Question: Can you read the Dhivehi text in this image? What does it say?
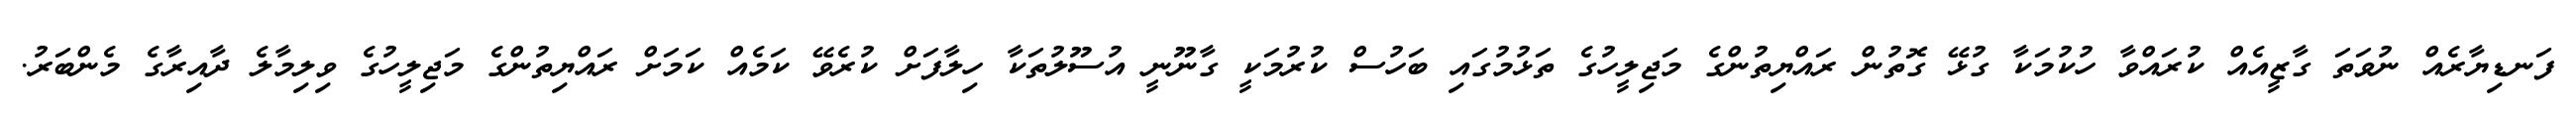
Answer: ފަނޑިޔާރެއް ނުވަތަ ގާޒީއެއް ކުރައްވާ ހުކުމަކާ ގުޅޭ ގޮތުން ރައްޔިތުންގެ މަޖިލީހުގެ ތަޅުމުގައި ބަހުސް ކުރުމަކީ ގާނޫނީ އުސޫލުތަކާ ހިލާފަށް ކުރެވޭ ކަމެއް ކަމަށް ރައްޔިތުންގެ މަޖިލީހުގެ ވިލިމާލެ ދާއިރާގެ މެންބަރު.